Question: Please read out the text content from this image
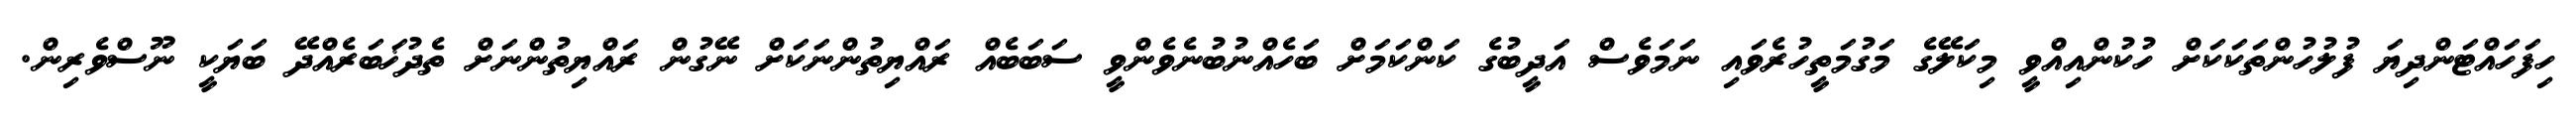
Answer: ހިފަހައްޓަންދިޔަ ފުލުހުންތަކަކަށް ހުކުންއިއްވީ މިކަލޭގެ މަގުމަތީހުރެވައި ނަމަވެސް އަދީބުގެ ކަންކަމަށް ބަހެއްނުބުނެވެންވީ ސަބަބެއް ރައްޔިތުންނަކަށް ނޭގުން ރައްޔިތުންނަށް ތެދުޚަބަރެއްދޭ ބަޔަކީ ނޫސްވެރިން.